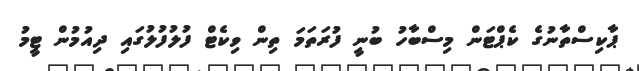
ޕާކިސްތާނުގެ ކެޕްޓަން މިސްބާހު ބުނީ ފުރަތަމަ ތިން ވިކެޓް ފުލުފުލުގައި ދިއުމުން ޓީމު